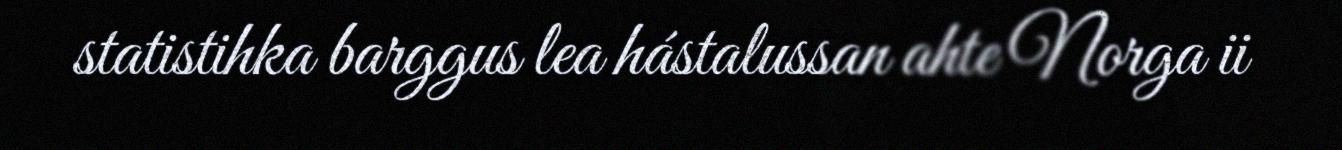
statistihka barggus lea hástalussan ahte Norga ii